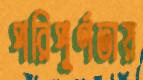
পরিপূর্ণতায়